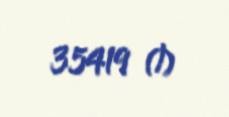
35419 ₼